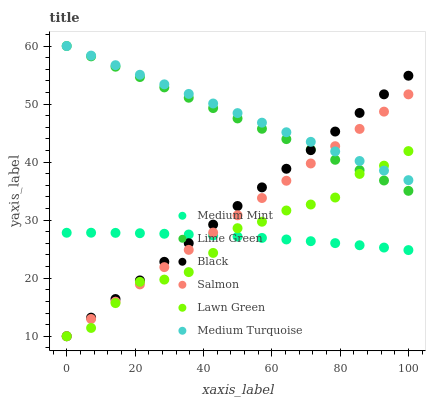
| xaxis_label | Medium Mint | Lime Green | Black | Salmon | Lawn Green | Medium Turquoise |
 | --- | --- | --- | --- | --- | --- | --- |
 | 0 | 27.8 | 60 | 10 | 10 | 10 | 60 |
 | 7.14 | 27.8 | 58.2 | 13.2 | 13 | 11.4 | 58.3 |
 | 14.3 | 27.8 | 56.4 | 16.4 | 16 | 15.7 | 56.7 |
 | 21.4 | 27.8 | 54.7 | 19.6 | 18.9 | 19.4 | 55 |
 | 28.6 | 27.7 | 52.9 | 22.8 | 21.9 | 19.8 | 53.4 |
 | 35.7 | 27.5 | 51.1 | 26 | 24.9 | 21.1 | 51.7 |
 | 42.9 | 27.4 | 49.3 | 29.2 | 27.9 | 24.4 | 50.1 |
 | 50 | 27.2 | 47.5 | 32.4 | 30.8 | 28.6 | 48.4 |
 | 57.1 | 26.9 | 45.7 | 35.6 | 33.8 | 29.7 | 46.8 |
 | 64.3 | 26.7 | 44 | 38.9 | 36.8 | 31.7 | 45.1 |
 | 71.4 | 26.4 | 42.2 | 42.1 | 39.8 | 32.7 | 43.5 |
 | 78.6 | 26 | 40.4 | 45.3 | 42.7 | 33.9 | 41.8 |
 | 85.7 | 25.7 | 38.6 | 48.5 | 45.7 | 38 | 40.2 |
 | 92.9 | 25.3 | 36.8 | 51.7 | 48.7 | 39.4 | 38.5 |
 | 100 | 24.8 | 35.1 | 54.9 | 51.7 | 41.9 | 36.9 |